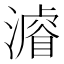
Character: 𣿼